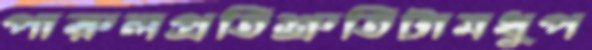
পারুলপ্রতিশ্রুতিটামধুপ